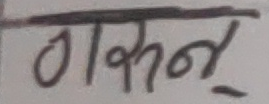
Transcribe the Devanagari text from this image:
ठरून्